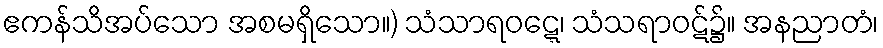
ဧကန်သိအပ်သော အစမရှိသော။) သံသာရဝဋ္ဋေ၊ သံသရာဝဋ်၌။ အနညာတံ၊